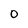
Character: 0